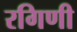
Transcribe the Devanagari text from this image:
रगिणी